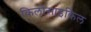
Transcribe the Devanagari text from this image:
किलोसाइकिल